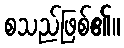
စသည်ဖြစ်၏။